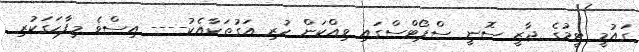
ގައުމީ ޓީމުގެ ޖާޒީ ސޮނީ ސްޕޯޓްސްގައި ވިއްކަން ހުރި އަގުތަކާއެކު---- އިސްވެ މިފާހަގަކުރި